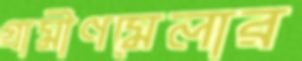
গ্রামীণমেলার